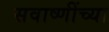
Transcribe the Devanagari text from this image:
सवाष्णींच्या